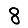
Digit: 8